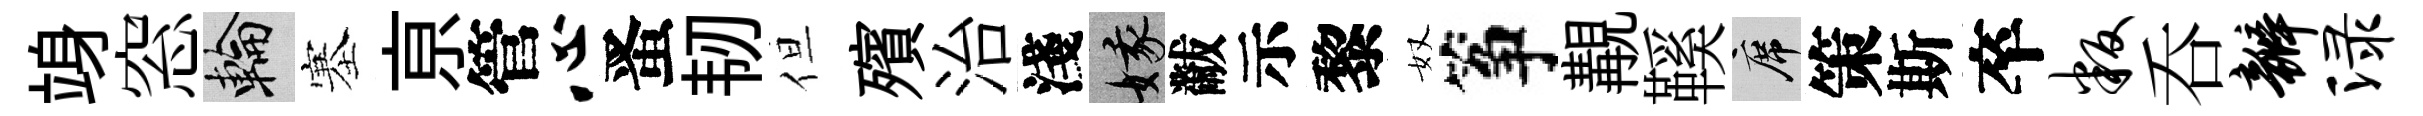
竧窓輪塞亰管心󱉠韧但殯治淺娥黻示黎奴筝覯鞵席策斯卒叛呑瓣渌